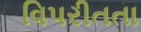
વિપરીતતા